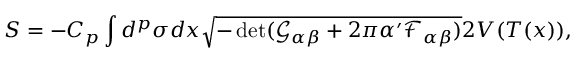
S = - C _ { p } \int d ^ { p } \sigma d x \sqrt { - \operatorname * { d e t } ( \mathcal { G } _ { \alpha \beta } + 2 \pi \alpha ^ { \prime } \mathcal { F } _ { \alpha \beta } ) } 2 V ( T ( x ) ) ,